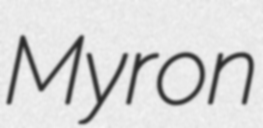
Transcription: Myron